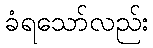
ခံရသော်လည်း